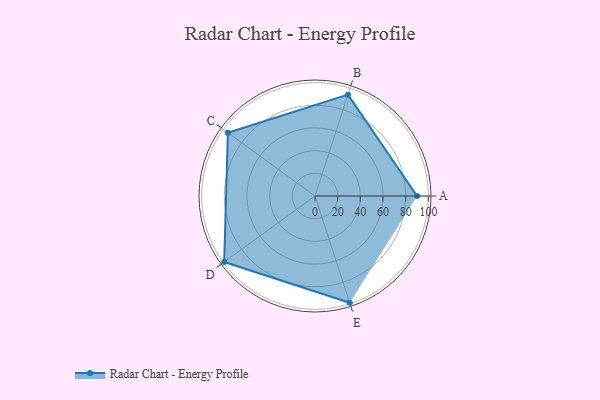
{"axis": {"x": "Skill", "y": "Score"}, "legend": ["Profile"], "data": [{"x": "A", "y": 90.0, "type": "Profile"}, {"x": "B", "y": 94.0, "type": "Profile"}, {"x": "C", "y": 95.0, "type": "Profile"}, {"x": "D", "y": 99.0, "type": "Profile"}, {"x": "E", "y": 99, "type": "Profile"}]}